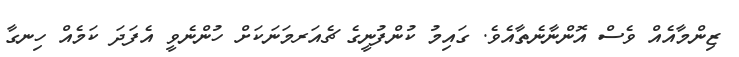
ޒިންމާއެއް ވެސް އޮންނާނެތާއެވެ. ގައިމު ކުންފުނީގެ ޗެއަރމަނަކަށް ހުންނެވީ އެފަދަ ކަމެއް ހިނގާ